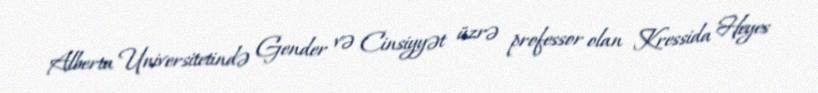
Alberta Universitetində Gender və Cinsiyyət üzrə professor olan Kressida Heyes